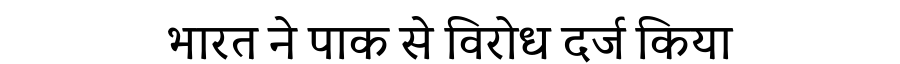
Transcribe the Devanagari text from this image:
भारत ने पाक से विरोध दर्ज किया